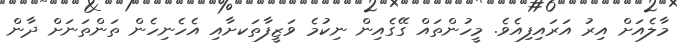
މާލެއަށް އިރު އަރައިިފިއެވެ. މީހުންތައް ގޭގެއިން ނިކުމެ ވަޒީފާތަކށާއި އެހެނިހެން ތަންތަނަށް ދާން